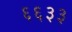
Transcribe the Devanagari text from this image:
६६३३